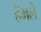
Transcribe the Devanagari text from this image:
हॅमले